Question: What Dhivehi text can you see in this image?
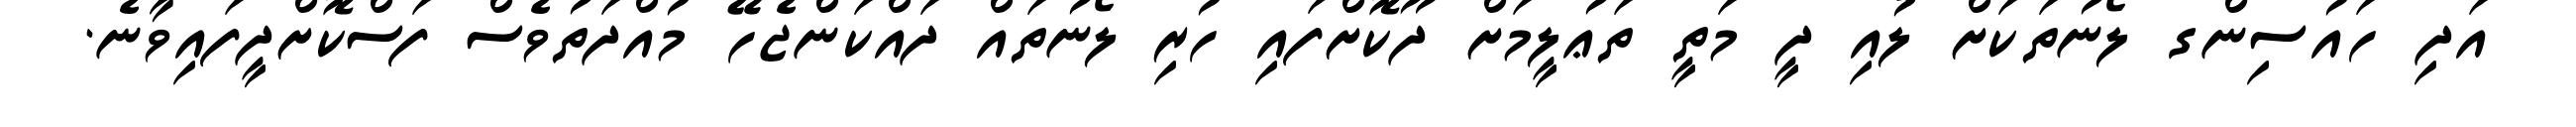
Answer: އަދި ހައުސިންގ ލޯނުތަކަށް ލުއި ދީ މަތީ ތަޢުލީމަށް ދޫކޮށްފައި ހުރި ލޯނުތައް ދައްކަންޖެހޭ މުއްދަތުވެސް ފަސްކޮށްދީފައިވާނެ.